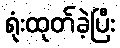
ရုံးထုတ်ခဲ့ပြီး